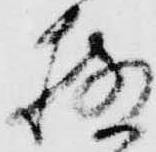
極